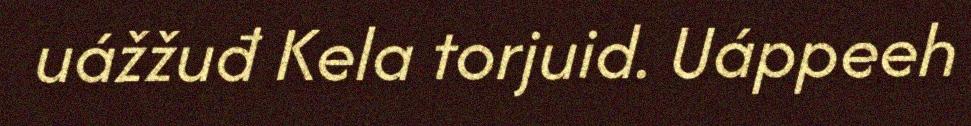
uážžuđ Kela torjuid. Uáppeeh